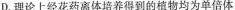
D，理论上经花药离体培养得到的植物均为单倍体